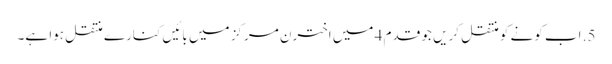
5. اب کونے کو منتقل کریں جو قدم 4 میں اخترن مرکز میں بائیں کنارے منتقل ہوا ہے۔